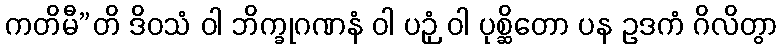
ကတိမီ”တိ ဒိဝသံ ဝါ ဘိက္ခုဂဏနံ ဝါ ပဉှံ ဝါ ပုစ္ဆိတော ပန ဥဒကံ ဂိလိတွာ